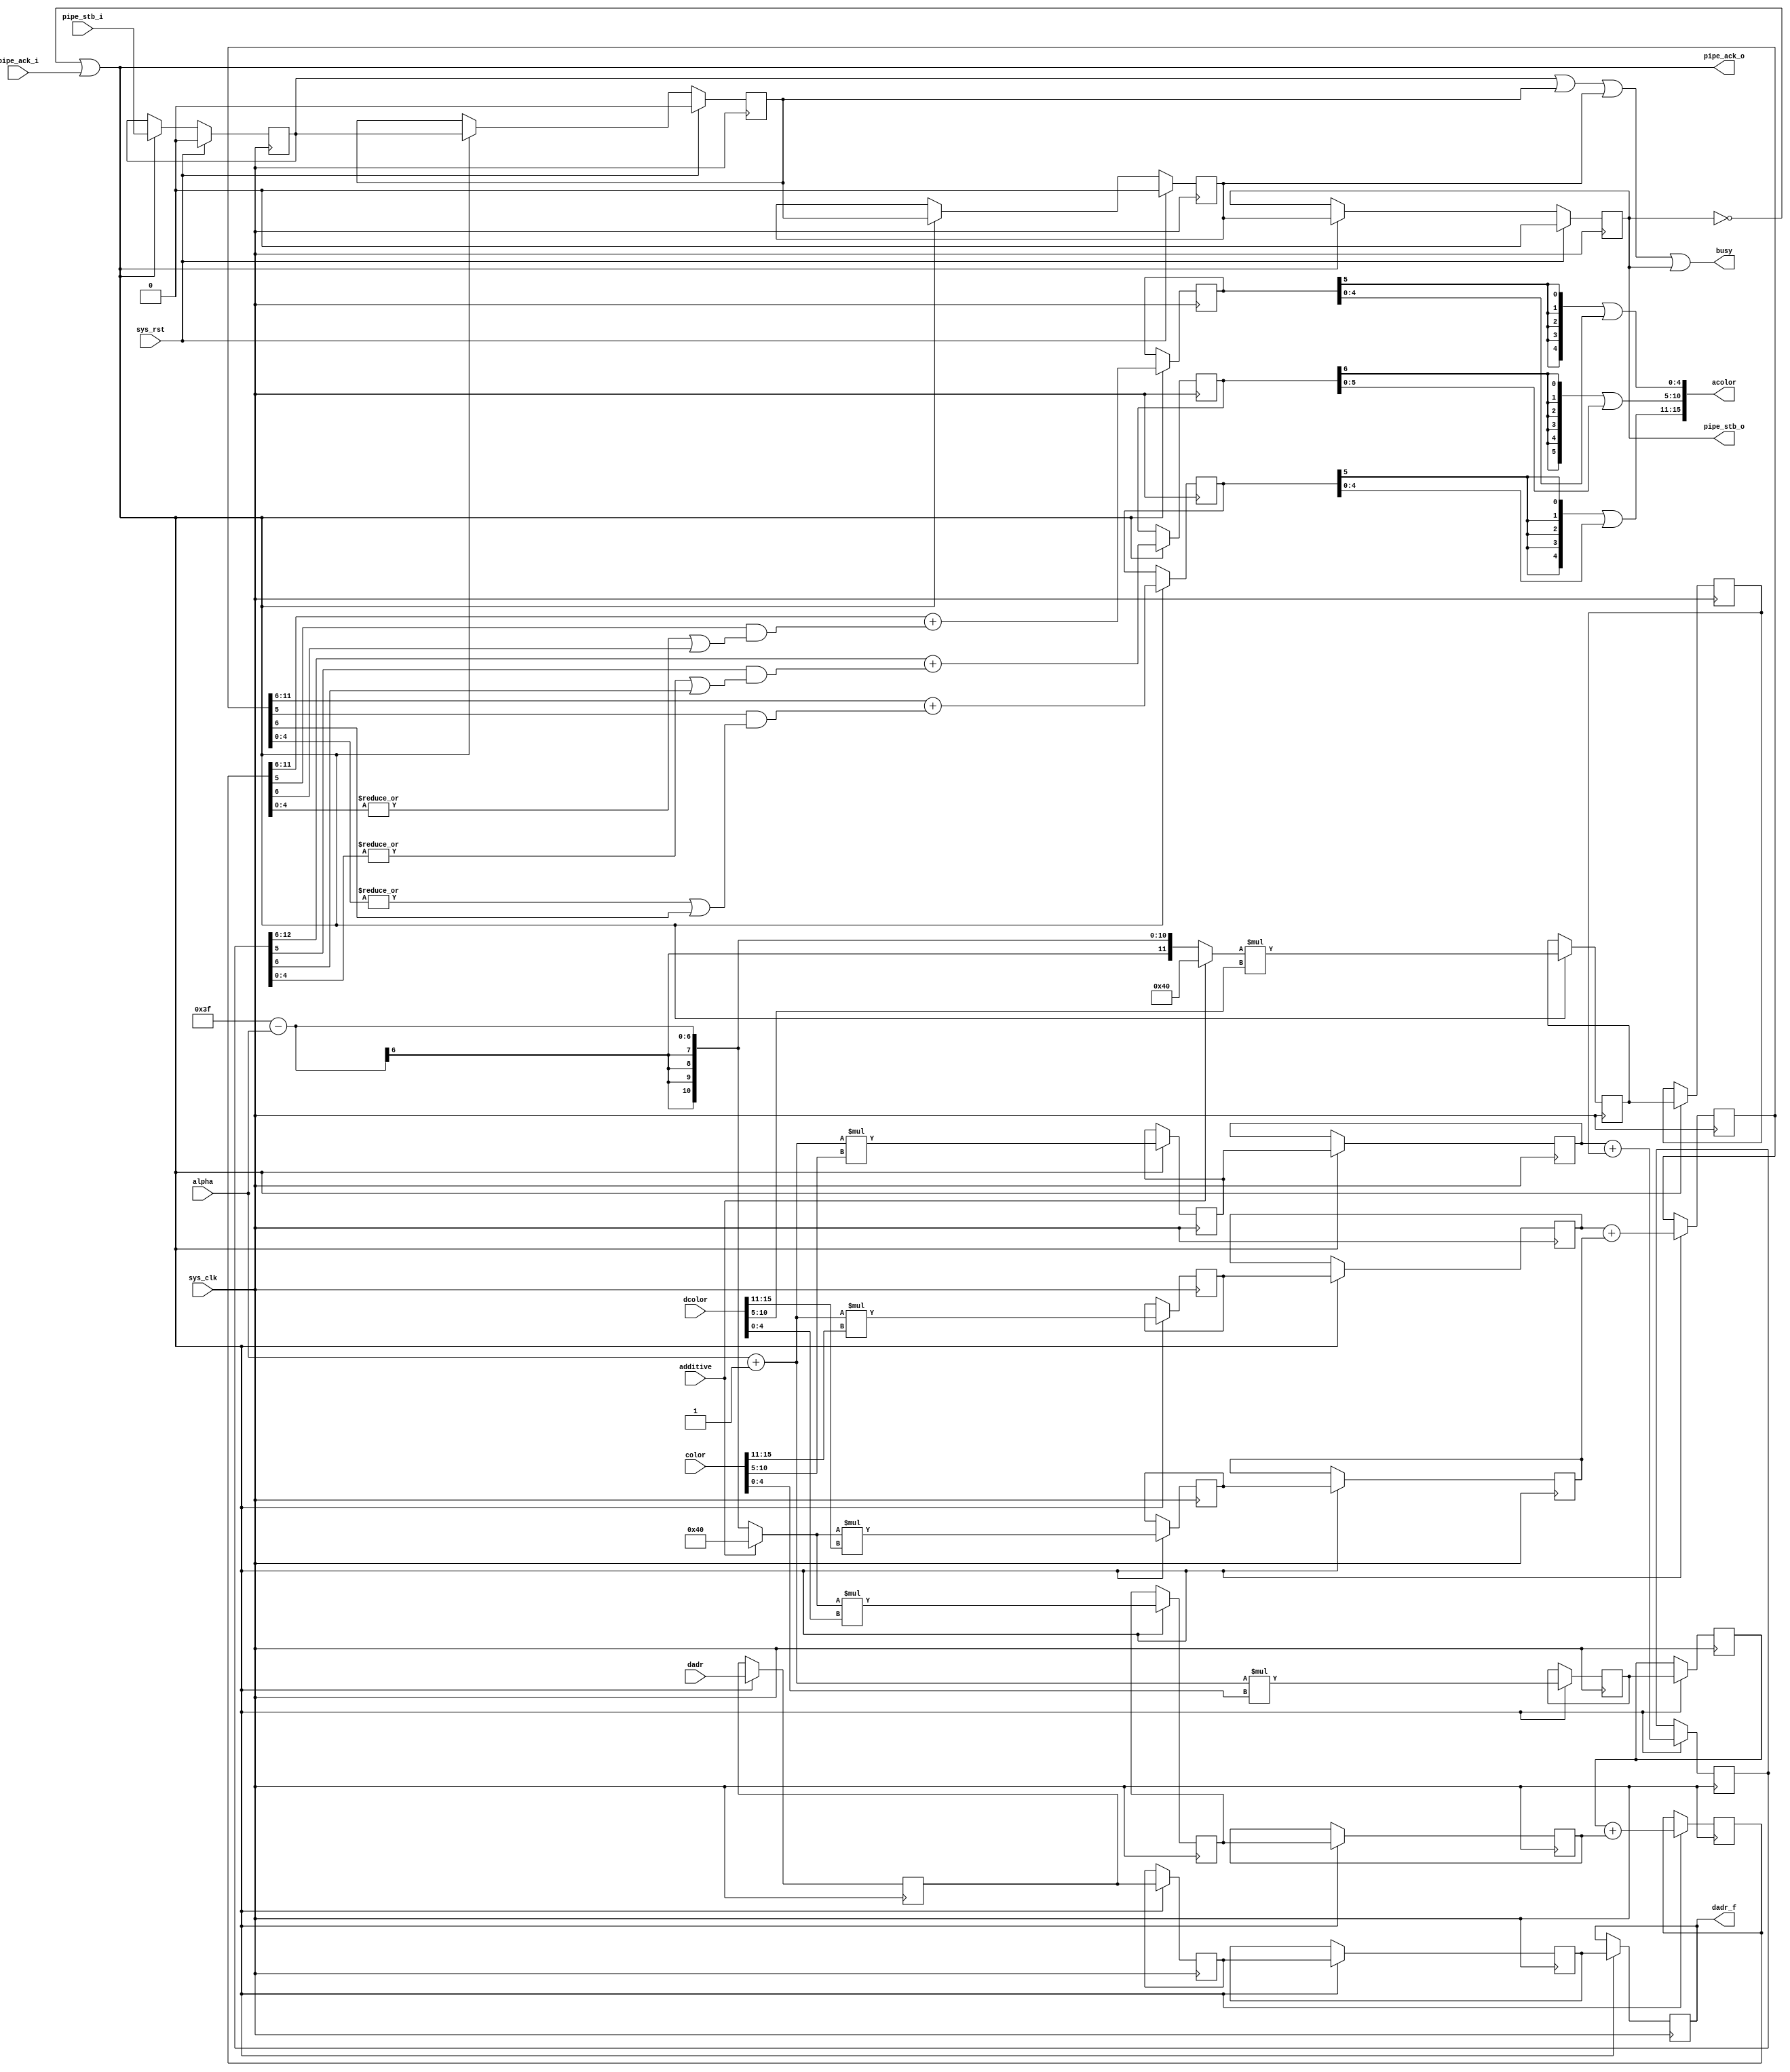
/*
 * Milkymist SoC
 * Copyright (C) 2007, 2008, 2009, 2010 Sebastien Bourdeauducq
 *
 * This program is free software: you can redistribute it and/or modify
 * it under the terms of the GNU General Public License as published by
 * the Free Software Foundation, version 3 of the License.
 *
 * This program is distributed in the hope that it will be useful,
 * but WITHOUT ANY WARRANTY; without even the implied warranty of
 * MERCHANTABILITY or FITNESS FOR A PARTICULAR PURPOSE.  See the
 * GNU General Public License for more details.
 *
 * You should have received a copy of the GNU General Public License
 * along with this program.  If not, see <http://www.gnu.org/licenses/>.
 */

module tmu2_alpha #(
	parameter fml_depth = 26
) (
	input sys_clk,
	input sys_rst,

	output busy,

	input [5:0] alpha,
	input additive,

	input pipe_stb_i,
	output pipe_ack_o,
	input [15:0] color,
	input [fml_depth-1-1:0] dadr, /* in 16-bit words */
	input [15:0] dcolor,

	output pipe_stb_o,
	input pipe_ack_i,
	output reg [fml_depth-1-1:0] dadr_f,
	output [15:0] acolor
);

wire en;
reg valid_1;
reg valid_2;
reg valid_3;
reg valid_4;

always @(posedge sys_clk) begin
	if(sys_rst) begin
		valid_1 <= 1'b0;
		valid_2 <= 1'b0;
		valid_3 <= 1'b0;
		valid_4 <= 1'b0;
	end else if(en) begin
		valid_1 <= pipe_stb_i;
		valid_2 <= valid_1;
		valid_3 <= valid_2;
		valid_4 <= valid_3;
	end
end

/* Pipeline operation on four stages. */
reg [fml_depth-1-1:0] dadr_1;
reg [fml_depth-1-1:0] dadr_2;
reg [fml_depth-1-1:0] dadr_3;

wire [4:0] r = color[15:11];
wire [5:0] g = color[10:5];
wire [4:0] b = color[4:0];
wire [4:0] dr = dcolor[15:11];
wire [5:0] dg = dcolor[10:5];
wire [4:0] db = dcolor[4:0];

reg [10:0] r_1;
reg [11:0] g_1;
reg [10:0] b_1;
reg [10:0] dr_1;
reg [11:0] dg_1;
reg [10:0] db_1;

reg [10:0] r_2;
reg [11:0] g_2;
reg [10:0] b_2;
reg [10:0] dr_2;
reg [11:0] dg_2;
reg [10:0] db_2;

reg [11:0] r_3;
reg [12:0] g_3;
reg [11:0] b_3;

reg [5:0] r_4;
reg [6:0] g_4;
reg [5:0] b_4;

always @(posedge sys_clk) begin
	if(en) begin
		dadr_1 <= dadr;
		dadr_2 <= dadr_1;
		dadr_3 <= dadr_2;
		dadr_f <= dadr_3;

		r_1 <= ({1'b0, alpha} + 7'd1)*r;
		g_1 <= ({1'b0, alpha} + 7'd1)*g;
		b_1 <= ({1'b0, alpha} + 7'd1)*b;
		dr_1 <= (additive ? 7'd64 : (7'd63 - alpha))*dr;
		dg_1 <= (additive ? 7'd64 : (7'd63 - alpha))*dg;
		db_1 <= (additive ? 7'd64 : (7'd63 - alpha))*db;

		r_2 <= r_1;
		g_2 <= g_1;
		b_2 <= b_1;
		dr_2 <= dr_1;
		dg_2 <= dg_1;
		db_2 <= db_1;

		r_3 <= r_2 + dr_2;
		g_3 <= g_2 + dg_2;
		b_3 <= b_2 + db_2;

		r_4 <= r_3[11:6] + (r_3[5] & (|r_3[4:0] | r_3[6]));
		g_4 <= g_3[12:6] + (g_3[5] & (|g_3[4:0] | g_3[6]));
		b_4 <= b_3[11:6] + (b_3[5] & (|b_3[4:0] | b_3[6]));
	end
end

assign acolor = {
	{5{r_4[5]}} | r_4[4:0],
	{6{g_4[6]}} | g_4[5:0],
	{5{b_4[5]}} | b_4[4:0]
};

/* Pipeline management */

assign busy = valid_1 | valid_2 | valid_3 | valid_4;

assign pipe_ack_o = ~valid_4 | pipe_ack_i;
assign en = ~valid_4 | pipe_ack_i;

assign pipe_stb_o = valid_4;

endmodule